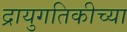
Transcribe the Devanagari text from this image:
द्रायुगतिकीच्या